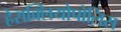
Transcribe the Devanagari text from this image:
हेराक्लियोपोलिस